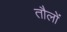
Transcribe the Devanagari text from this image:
तौलों